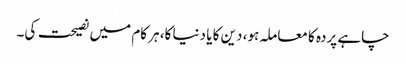
چاہے پردہ کا معاملہ ہو، دین کا یا دنیا کا، ہر کام میں نصیحت کی۔